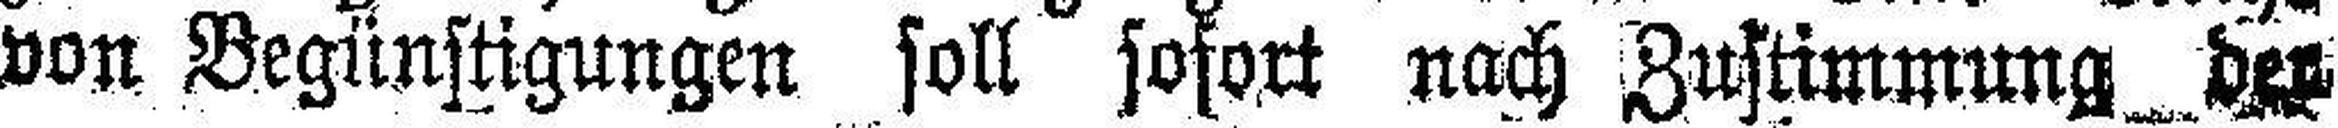
von Begünstigungen soll sofort nach Zustimmung der